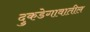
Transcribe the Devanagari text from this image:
दुकडेगावातील